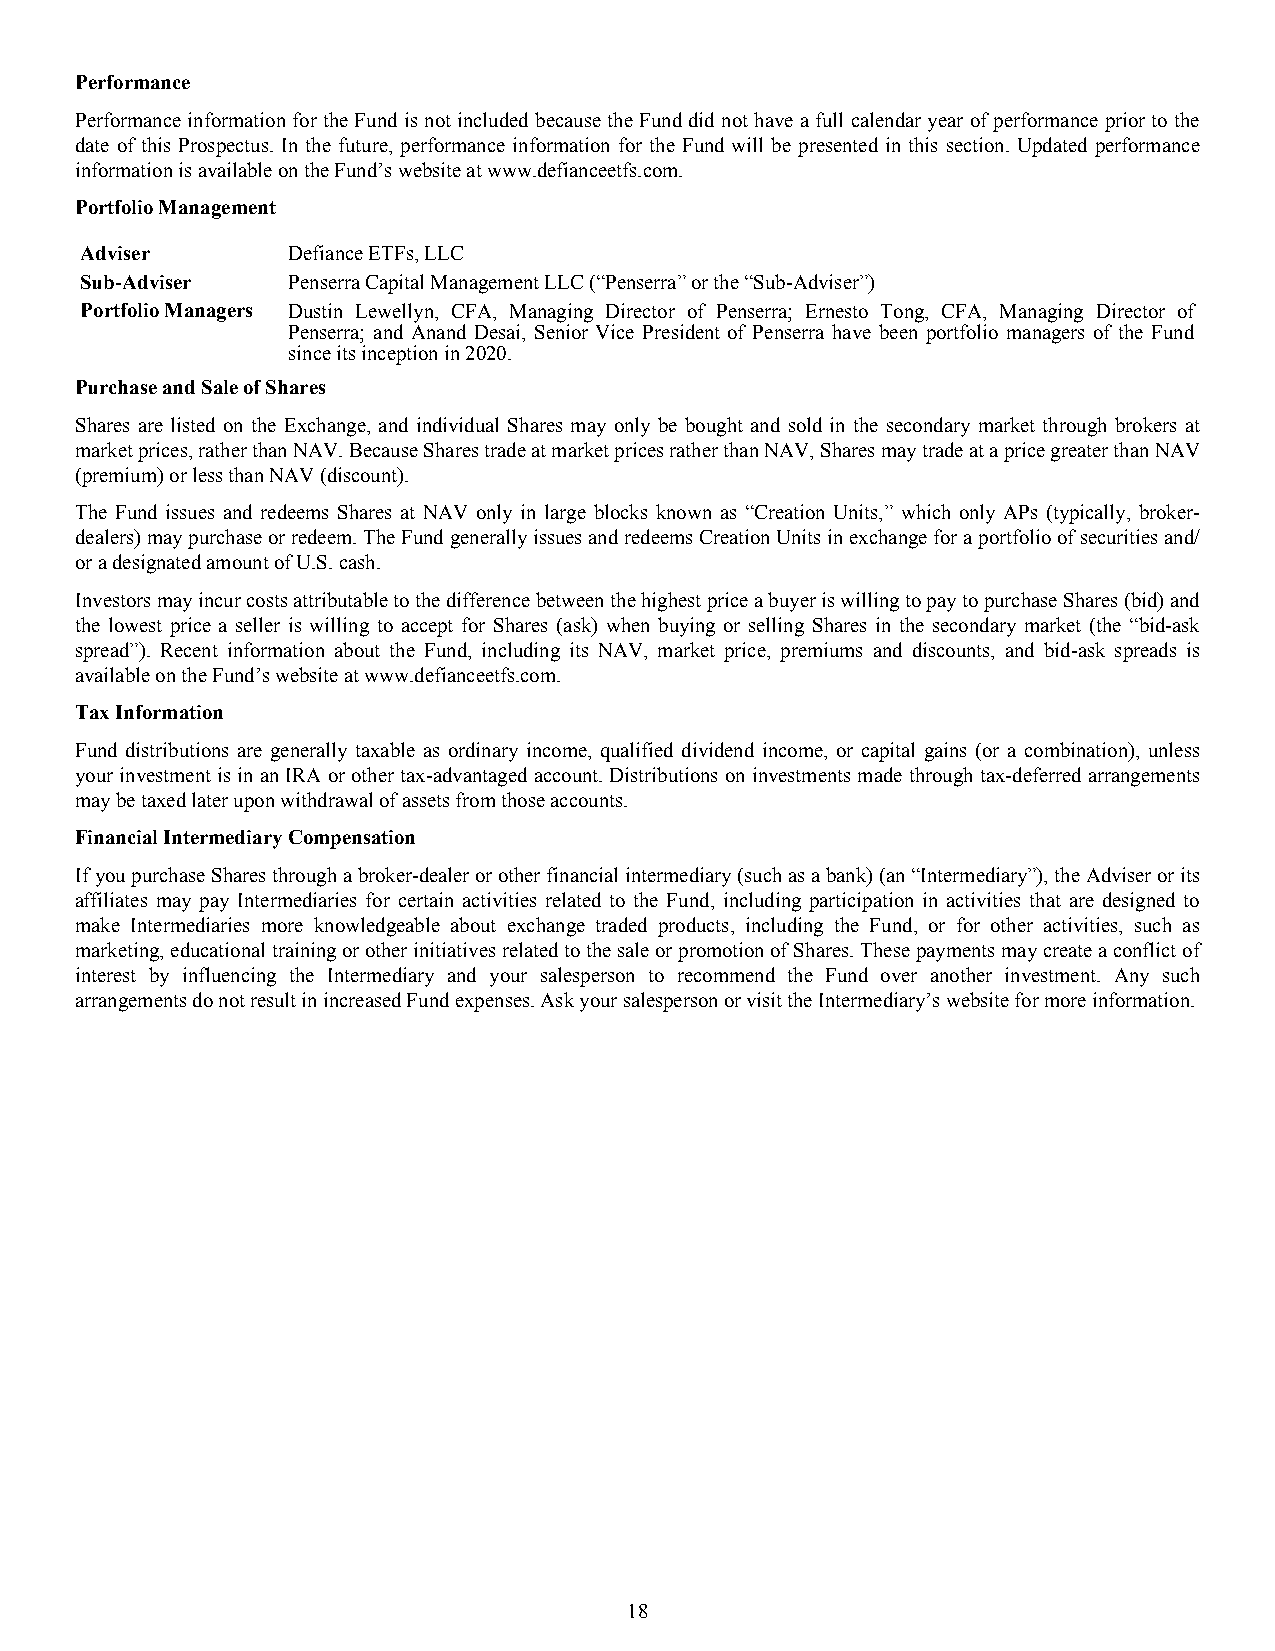
Performance
 Performance information for the Fund is not included because the Fund did not have a full calendar year of performance prior to the
 date of this Prospectus. In the future, performance information for the Fund will be presented in this section. Updated performance
 information is available on the Fund’s website at www.defianceetfs.com.
 Portfolio Management
 Adviser       Defiance ETFs, LLC
 Sub-Adviser   Penserra Capital Management LLC (“Penserra” or the “Sub-Adviser”)
 Portfolio Managers Dustin Lewellyn, CFA, Managing Director of Penserra; Ernesto Tong, CFA, Managing Director of
 Penserra; and Anand Desai, Senior Vice President of Penserra have been portfolio managers of the Fund
 since its inception in 2020.
 Purchase and Sale of Shares
 Shares are listed on the Exchange, and individual Shares may only be bought and sold in the secondary market through brokers at
 market prices, rather than NAV. Because Shares trade at market prices rather than NAV, Shares may trade at a price greater than NAV
 (premium) or less than NAV (discount).
 The Fund issues and redeems Shares at NAV only in large blocks known as “Creation Units,” which only APs (typically, broker-
 dealers) may purchase or redeem. The Fund generally issues and redeems Creation Units in exchange for a portfolio of securities and/
 or a designated amount of U.S. cash.
 Investors may incur costs attributable to the difference between the highest price a buyer is willing to pay to purchase Shares (bid) and
 the lowest price a seller is willing to accept for Shares (ask) when buying or selling Shares in the secondary market (the “bid-ask
 spread”). Recent information about the Fund, including its NAV, market price, premiums and discounts, and bid-ask spreads is
 available on the Fund’s website at www.defianceetfs.com.
 Tax Information
 Fund distributions are generally taxable as ordinary income, qualified dividend income, or capital gains (or a combination), unless
 your investment is in an IRA or other tax-advantaged account. Distributions on investments made through tax-deferred arrangements
 may be taxed later upon withdrawal of assets from those accounts.
 Financial Intermediary Compensation
 If you purchase Shares through a broker-dealer or other financial intermediary (such as a bank) (an “Intermediary”), the Adviser or its
 affiliates may pay Intermediaries for certain activities related to the Fund, including participation in activities that are designed to
 make Intermediaries more knowledgeable about exchange traded products, including the Fund, or for other activities, such as
 marketing, educational training or other initiatives related to the sale or promotion of Shares. These payments may create a conflict of
 interest by influencing the Intermediary and your salesperson to recommend the Fund over another investment. Any such
 arrangements do not result in increased Fund expenses. Ask your salesperson or visit the Intermediary’s website for more information.
 18